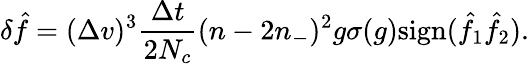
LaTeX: \delta\hat{f}=(\Delta v)^{3}\frac{\Delta t}{2N_{c}}(n-2n_{-})^{2}g\sigma(g)\mathrm{sign}(\hat{f}_{1}\hat{f}_{2}).